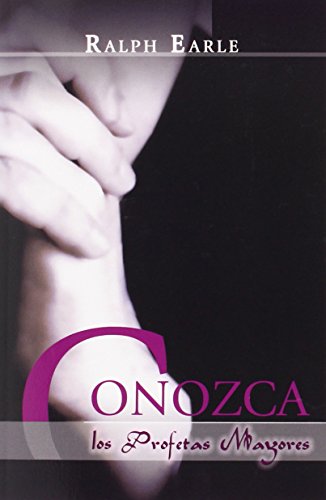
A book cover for CONOZCA LOS PROFETAS MAYORES (Spanish: Meet the Major Prophets) (Spanish Edition); Ralph Earle; Christian Books & Bibles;